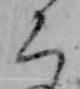
ち